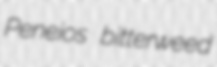
Peneios bitterweed